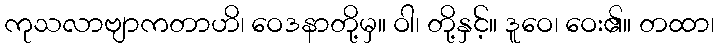
ကုသလာဗျာကတာဟိ၊ ဝေဒနာတို့မှ။ ဝါ၊ တို့နှင့်။ ဒူဝေ၊ ဝေး၏။ တထာ၊